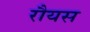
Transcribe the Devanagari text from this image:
रौयस